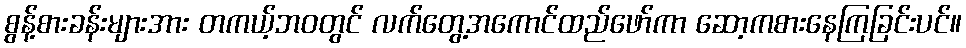
စွန့်စားခန်းများအား တကယ့်ဘဝတွင် လက်တွေ့အကောင်ထည်ဖော်ကာ ဆော့ကစားနေကြခြင်းပင်။